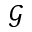
\mathcal { G }